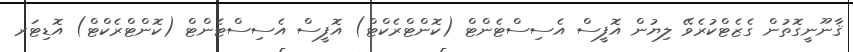
ޤާނޫނީގޮތުން ގެޒެޓްކުރެވޭ ލިޔުން އޮފީސް އެސިސްޓެންޓް (ކޮންޓްރެކްޓް) އޮފީސް އެސިސްޓެންޓް (ކޮންޓްރެކްޓް) އޮޑިޓަރ